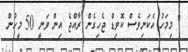
" މިމަހު އެކަނިވެސް ކޮވިޑް ޖެހިގެން ރާއްޖެ އިން ވަނީ 50 މީހުން